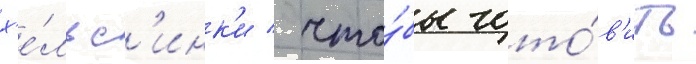
х'е́льс'инк'и / что́бы гото́в'ить